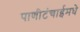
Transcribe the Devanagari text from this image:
पाणीटंचाईमधे